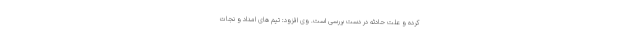
کرده و علت حادثه در دست بررسی است. وی افزود: تیم های امداد و نجات